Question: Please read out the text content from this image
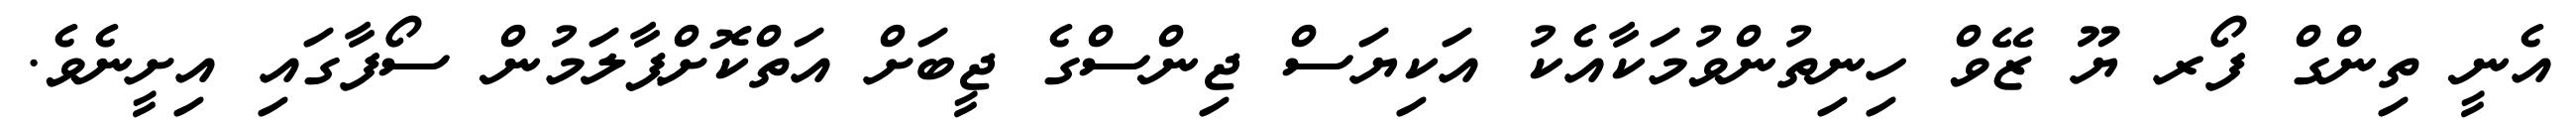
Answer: އެނީ ތިންގް ފޯރ ޔޫ ޒޭވް ހިނިތުންވުމަކާއެކު އަކިޔަސް ޖިންސްގެ ޖީބަށް އަތްކޮށްޕާލަމުން ސޯފާގައި އިށީނެވެ.